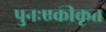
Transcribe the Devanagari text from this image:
पुनःएकीकृत